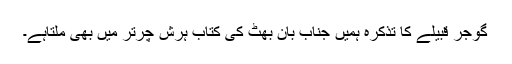
گوجر قبیلے کا تذکرہ ہمیں جناب بان بھٹ کی کتاب ہرش چرتر میں بھی ملتاہے۔